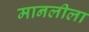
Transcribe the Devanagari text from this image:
मानलीला